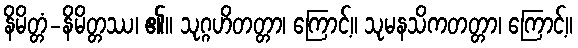
နိမိတ္တံ-နိမိတ္တဿ၊ ၏။ သုဂ္ဂဟိတတ္တာ၊ ကြောင့်။ သုမနသိကတတ္တာ၊ ကြောင့်။